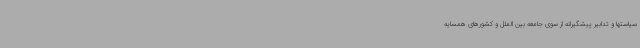
سیاستها و تدابیر پیشگیرانه از سوی جامعه بین الملل و کشورهای همسایه